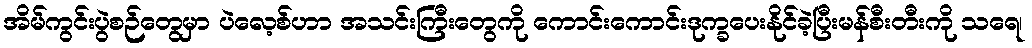
အိမ်ကွင်းပွဲစဉ်တွေမှာ ပဲလေ့စ်ဟာ အသင်းကြီးတွေကို ကောင်းကောင်းဒုက္ခပေးနိုင်ခဲ့ပြီးမန်စီးတီးကို သရေ၊